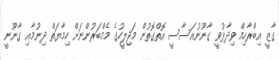
ގާޒީ އިބްރާހިމް ވިދާޅުވީ ގާނޫނުއަސާސީ އޮތްގޮތުން މަޖިލީހުގެ މެމްބަރުންނަށް ހިމާޔަތް ދިނުމާއި ގާނޫނީ